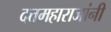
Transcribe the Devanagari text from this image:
दत्तमहाराजांनी